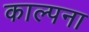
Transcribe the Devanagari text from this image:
काल्पना